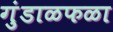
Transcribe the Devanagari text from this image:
गुंडाळफळा